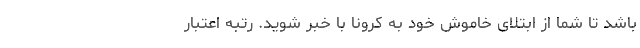
باشد تا شما از ابتلای خاموش خود به کرونا با خبر شوید. رتبه اعتبار